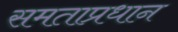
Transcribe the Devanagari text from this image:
समताप्रधान